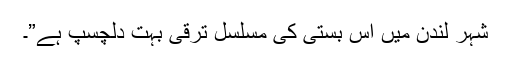
شہر لندن میں اس بستی کی مسلسل ترقی بہت دلچسپ ہے”۔